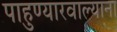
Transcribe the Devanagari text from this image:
पाहुण्यारवाल्याना